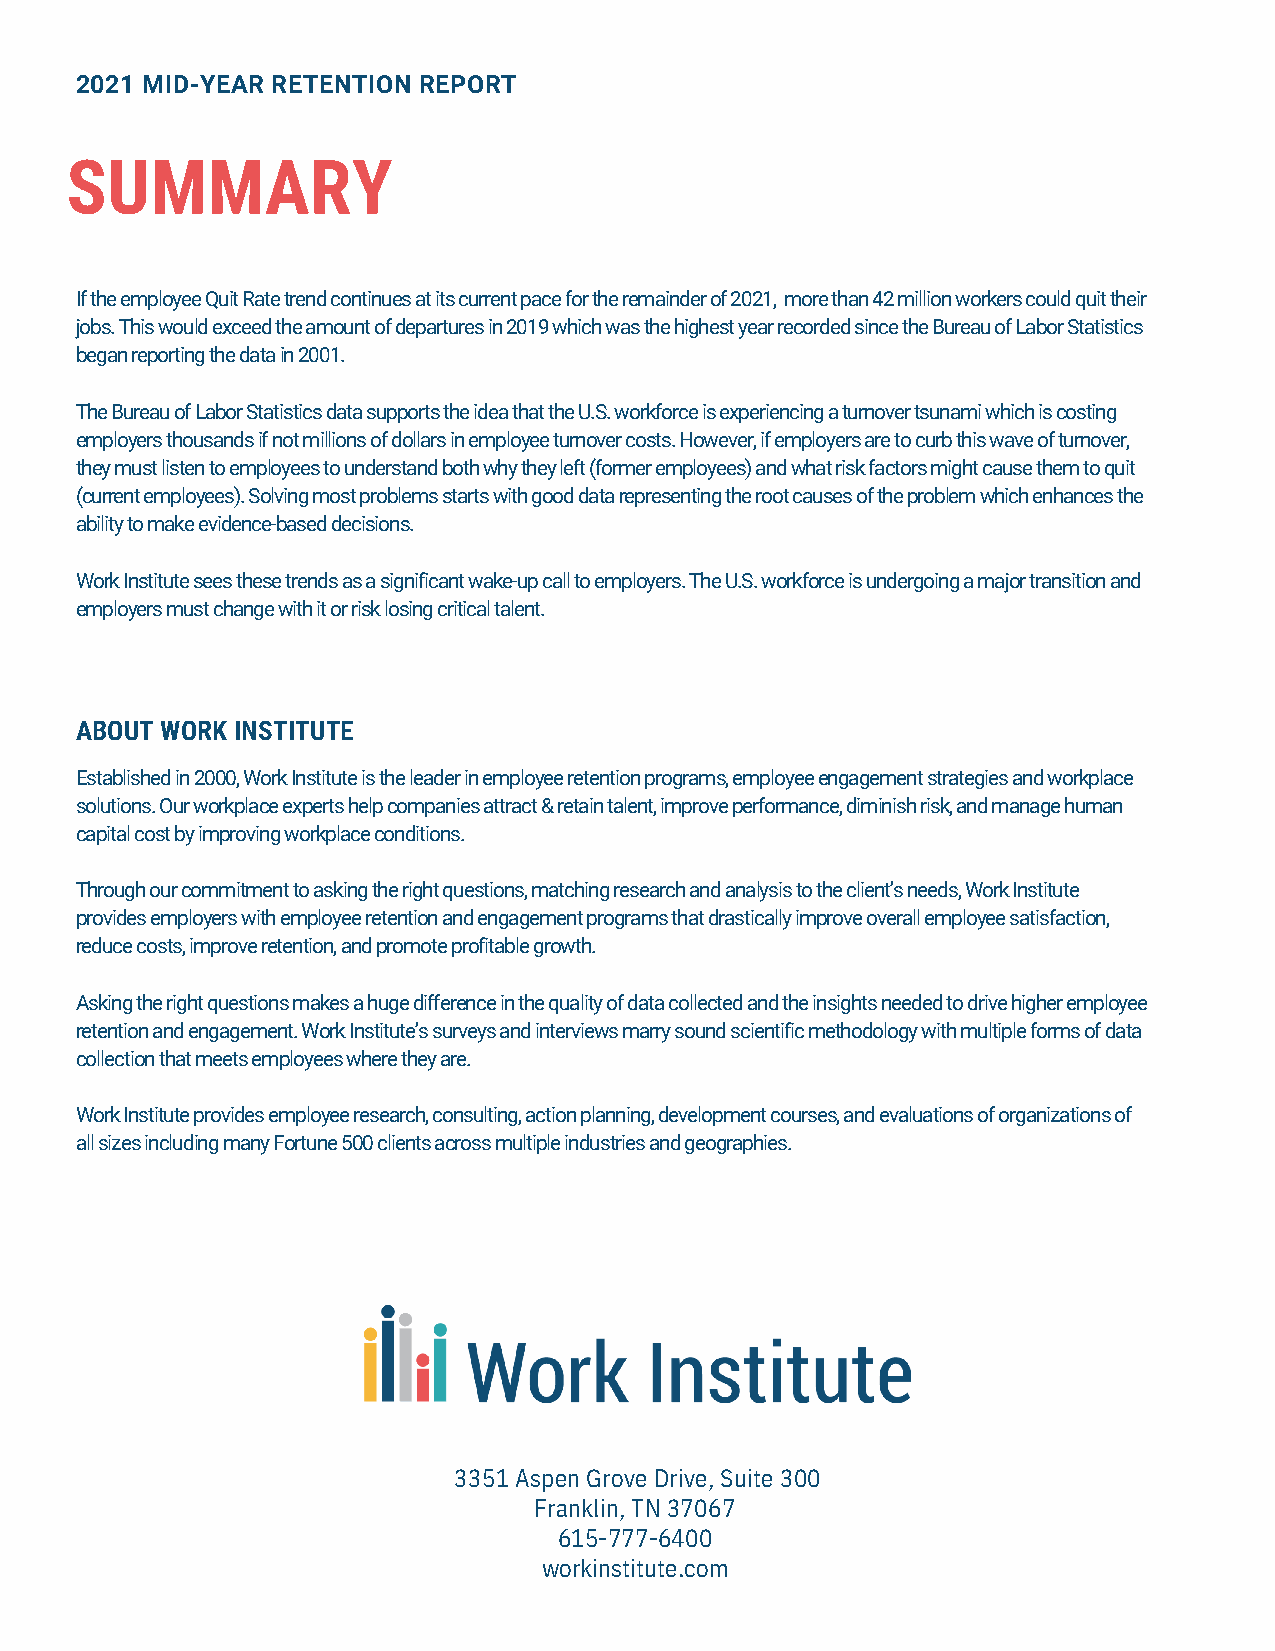
2021 MID-YEAR RETENTION REPORT
 SUMMARY
 If the employee Quit Rate trend continues at its current pace for the remainder of 2021, more than 42 million workers could quit their
 jobs. This would exceed the amount of departures in 2019 which was the highest year recorded since the Bureau of Labor Statistics
 began reporting the data in 2001.
 The Bureau of Labor Statistics data supports the idea that the U.S. workforce is experiencing a turnover tsunami which is costing
 employers thousands if not millions of dollars in employee turnover costs. However, if employers are to curb this wave of turnover,
 they must listen to employees to understand both why they left (former employees) and what risk factors might cause them to quit
 (current employees). Solving most problems starts with good data representing the root causes of the problem which enhances the
 ability to make evidence-based decisions.
 Work Institute sees these trends as a significant wake-up call to employers. The U.S. workforce is undergoing a major transition and
 employers must change with it or risk losing critical talent.
 ABOUT WORK INSTITUTE
 Established in 2000, Work Institute is the leader in employee retention programs, employee engagement strategies and workplace
 solutions. Our workplace experts help companies attract & retain talent, improve performance, diminish risk, and manage human
 capital cost by improving workplace conditions.
 Through our commitment to asking the right questions, matching research and analysis to the client’s needs, Work Institute
 provides employers with employee retention and engagement programs that drastically improve overall employee satisfaction,
 reduce costs, improve retention, and promote profitable growth.
 Asking the right questions makes a huge difference in the quality of data collected and the insights needed to drive higher employee
 retention and engagement. Work Institute’s surveys and interviews marry sound scientific methodology with multiple forms of data
 collection that meets employees where they are.
 Work Institute provides employee research, consulting, action planning, development courses, and evaluations of organizations of
 all sizes including many Fortune 500 clients across multiple industries and geographies.
 3351 Aspen Grove Drive, Suite 300
 Franklin, TN 37067
 615-777-6400
 workinstitute.com